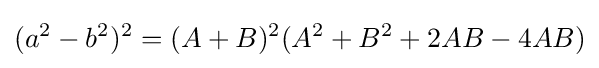
(a^{2}-b^{2})^{2}=(A+B)^{2}(A^{2}+B^{2}+2AB-4AB)